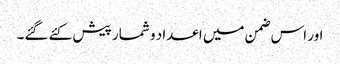
اور اس ضمن میں اعداد و شمار پیش کئے گئے۔